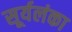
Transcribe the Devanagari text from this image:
सूर्यलंका